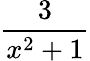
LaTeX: \frac{3}{x^{2}+1}